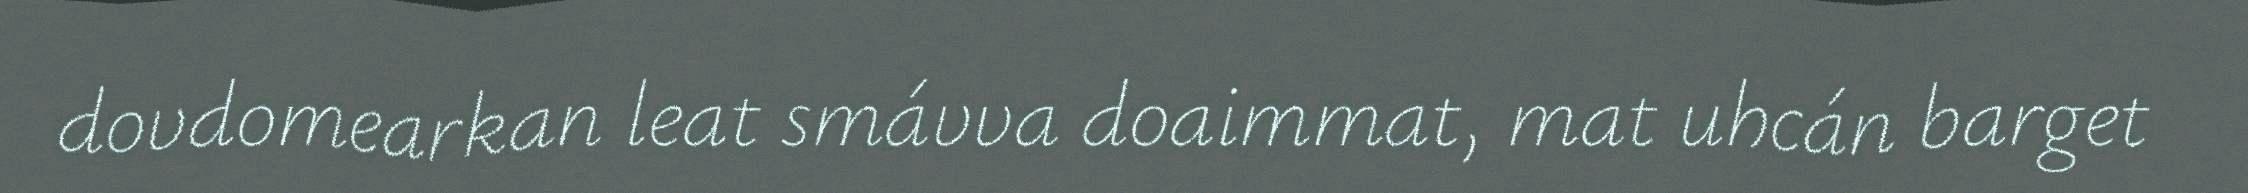
dovdomearkan leat smávva doaimmat, mat uhcán barget